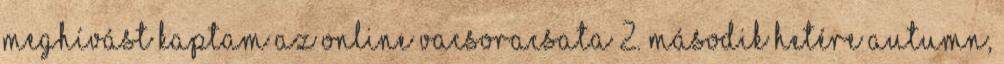
Meghívást kaptam az Online Vacsoracsata 2. második hetére Autumn,